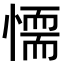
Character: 𢡼